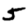
Digit: 5